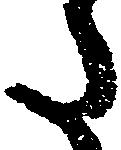
た